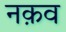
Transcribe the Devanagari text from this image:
नक़व